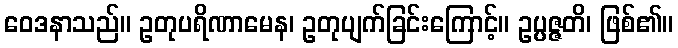
ဝေဒနာသည်။ ဥတုပရိဏာမေန၊ ဥတုပျက်ခြင်းကြောင့်။ ဥပ္ပဇ္ဇတိ၊ ဖြစ်၏။